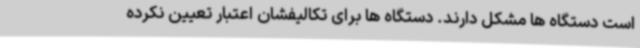
است دستگاه ها مشکل دارند. دستگاه ها برای تکالیفشان اعتبار تعیین نکرده